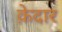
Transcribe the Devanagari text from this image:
क़ेदार